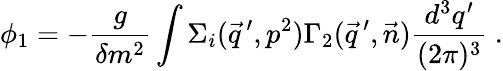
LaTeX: \phi_{1}=-\frac{g}{\delta m^{2}}\int\Sigma_{i}(\vec{q}\, ^{\prime},p^{2})\Gamma_{2}(\vec{q}\, ^{\prime},\vec{n})\frac{d^{3}q^{\prime}}{(2\pi)^{3}}\ .